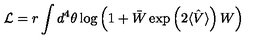
{ \cal L } = r \int d ^ { 4 } \theta \log \left( 1 + \bar { W } \exp \left( 2 \langle \hat { V } \rangle \right) W \right)